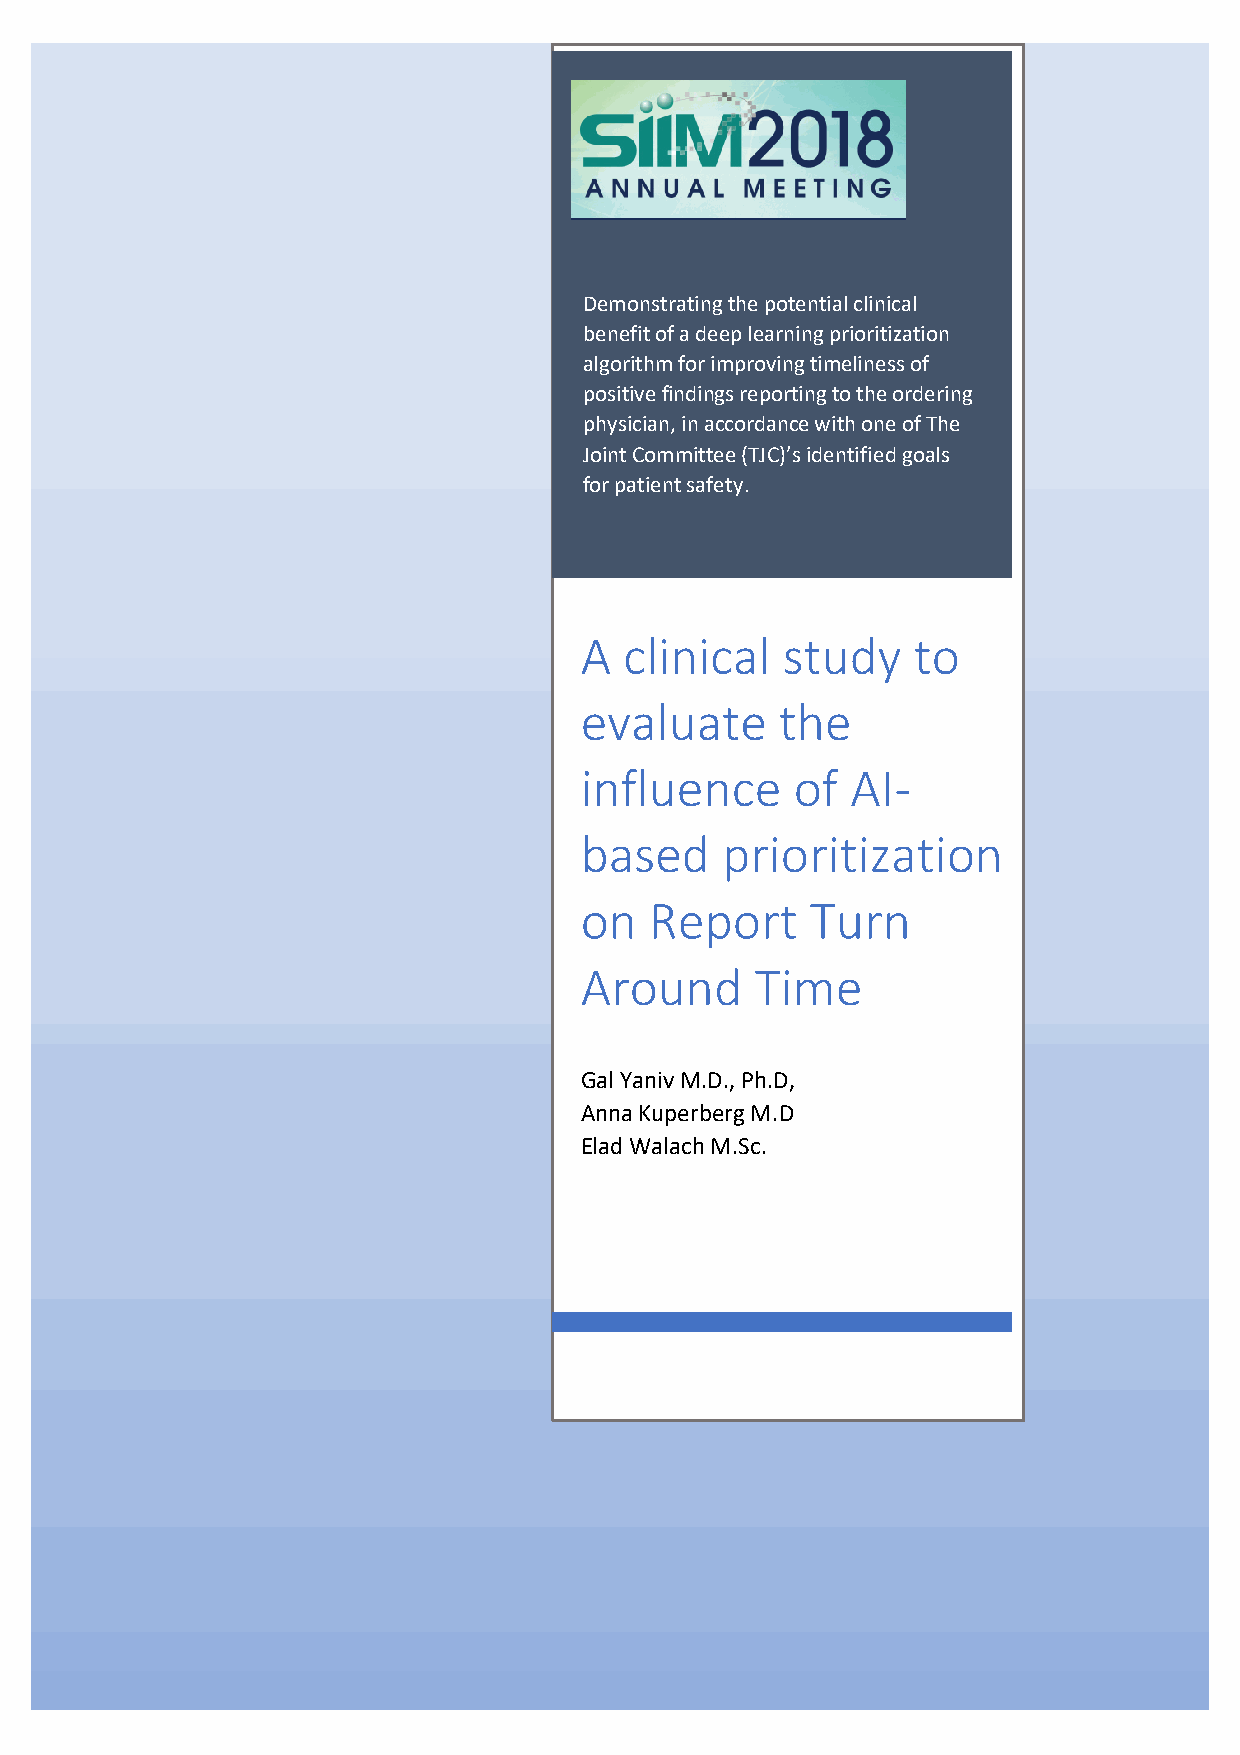
Demonstrating the potential clinical
 benefit of a deep learning prioritization
 algorithm for improving timeliness of
 positive findings reporting to the ordering
 physician, in accordance with one of The
 Joint Committee (TJC)’s identified goals
 for patient safety.
 A  clinical   study   to
 evaluate      the
 influence      of AI-
 based     prioritization
 on   Report     Turn
 Around      Time
 Gal Yaniv M.D., Ph.D,
 Anna Kuperberg M.D
 Elad Walach M.Sc.